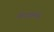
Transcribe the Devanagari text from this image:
पेराथारमोन